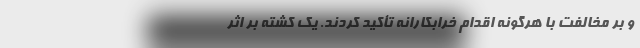
و بر مخالفت با هرگونه اقدام خرابکارانه تأکید کردند. یک کشته بر اثر